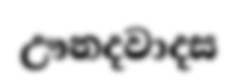
ඌනදවාදස